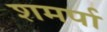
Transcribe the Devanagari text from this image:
शमर्पा